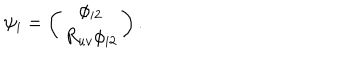
\psi _ { i } = \left( \begin{matrix} { { \phi _ { i 2 } } } \\ { { R _ { u v } \phi _ { i 2 } } } \\ \end{matrix} \right) .